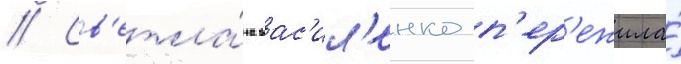
// Св'етла́на вас'ил'енко п'ер'ежила́